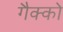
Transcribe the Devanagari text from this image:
गैक्को